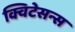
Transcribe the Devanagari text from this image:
क्विटेसन्स